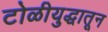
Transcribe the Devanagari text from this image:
टोळीयुद्धातून